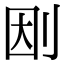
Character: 𠛭